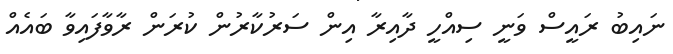
ނައިބު ރައީސް ވަނީ ސިއްހީ ދާއިރާ އިން ސަރުކާރުން ކުރަން ރާވާފައިވާ ބައެއް